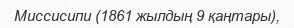
Миссисипи (1861 жылдың 9 қаңтары),